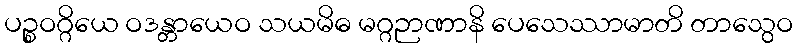
ပဉ္စဝဂ္ဂိယေ ဝဒန္တာယေဝ သယမိဓ မဂ္ဂဉာဏာနိ ပေသေဿာမာတိ တာသွေဝ